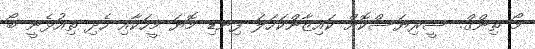
މޯ ތިންގް. ސީރިޔަސްކޮށް ކައިޒާންކަހަލަ ފިނޑި މޮޔަ މީހަކާއި ހެދި ތިއުޅެނީ ބޯ